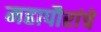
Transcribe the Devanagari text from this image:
महापौरांचे